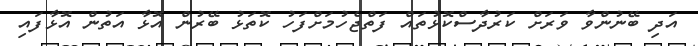
އަދި ބޭނުންވާ ވަރަށް ކަރުދާސްކޮޅުތައް ފަތްޖެހުމަށްފަހު ކޮތަޅު ބޭރުން އޮޅާ އަތުން އޮޅާފައި